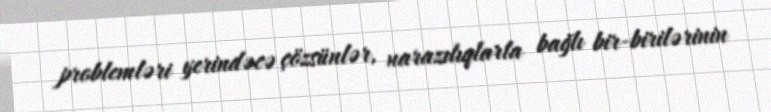
problemləri yerindəcə çözsünlər, narazılıqlarla bağlı bir-birilərinin